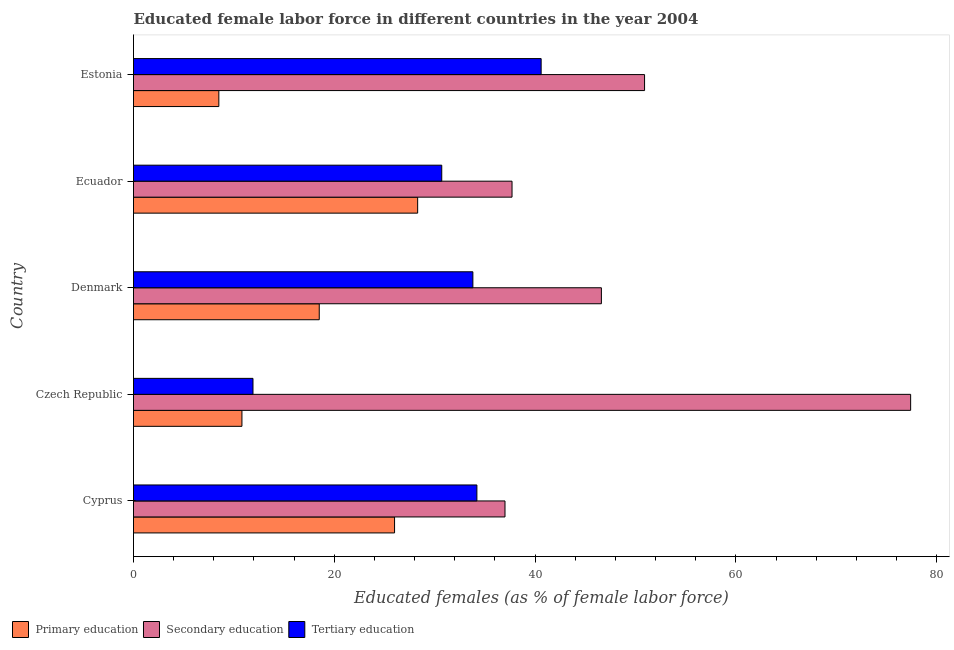
| Country | Primary education | Secondary education | Tertiary education |
 | --- | --- | --- | --- |
 | Cyprus | 26 | 37 | 34.2 |
 | Czech Republic | 10.8 | 77.4 | 11.9 |
 | Denmark | 18.5 | 46.6 | 33.8 |
 | Ecuador | 28.3 | 37.7 | 30.7 |
 | Estonia | 8.5 | 50.9 | 40.6 |